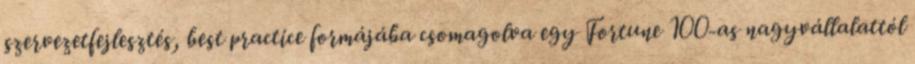
szervezetfejlesztés, best practice formájába csomagolva egy Fortune 100-as nagyvállalattól